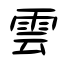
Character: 雲